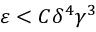
\varepsilon < C \delta ^ { 4 } \gamma ^ { 3 }